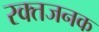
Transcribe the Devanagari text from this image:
रक्तजनक